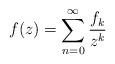
LaTeX: \begin{align*}f(z)=\sum^\infty_{n=0}\frac{f_k}{z^k}\end{align*}